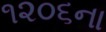
૧૨૦૬ના